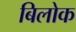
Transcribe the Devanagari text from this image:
बिलोक